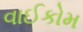
વાઈકોમ